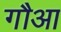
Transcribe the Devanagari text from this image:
गौआ